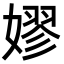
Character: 嫪